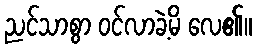
ညင်သာစွာ ဝင်လာခဲ့မိ လေ၏။